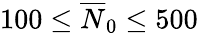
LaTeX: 100\le\overline{{N}}_{0}\le 500